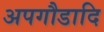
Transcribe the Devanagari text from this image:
अपगौडादि